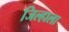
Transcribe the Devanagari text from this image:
जिल्हाला